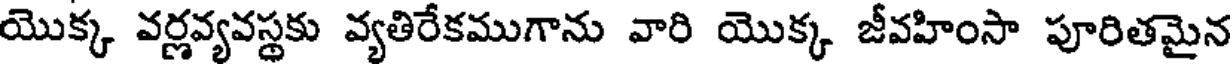
యొక్క వర్ణవ్యవస్థకు వ్యతిరేకముగాను వారి యొక్క జీవహింసా పూరితమైన